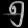
Digit: ၅